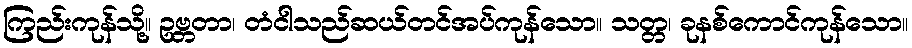
ကြည်းကုန်သို့။ ဥဗ္ဘတာ၊ တံငါသည်ဆယ်တင်အပ်ကုန်သော။ သတ္တ၊ ခုနစ်ကောင်ကုန်သော။